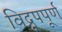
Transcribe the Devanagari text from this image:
विद्रूपपूर्ण